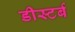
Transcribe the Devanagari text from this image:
डीस्टर्ब